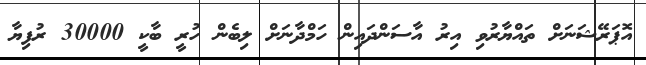
އޮޕަރޭޝަނަށް ތައްޔާރުވި އިރު އާސަންދައިން ހަމްދާނަށް ލިބެން ހުރީ ބާކީ 30000 ރުފިޔާ